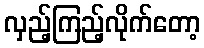
လှည့်ကြည့်လိုက်တော့